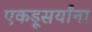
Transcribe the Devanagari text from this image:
एकडूसर्यांना